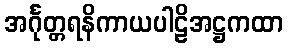
အင်္ဂုတ္တရနိကာယပါဠိအဋ္ဌကထာ